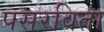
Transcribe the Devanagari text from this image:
पसरविता